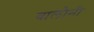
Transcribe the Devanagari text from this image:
बालौनी